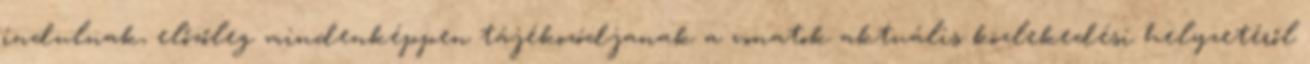
indulnak, előzőleg mindenképpen tájékozódjanak a vonatok aktuális közlekedési helyzetéről